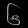
Digit: ၆